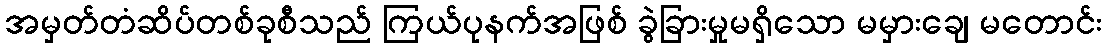
အမှတ်တံဆိပ်တစ်ခုစီသည် ကြယ်ပုနက်အဖြစ် ခွဲခြားမှုမရှိသော မမှားချေ မတောင်း